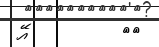
٤١         އޭ